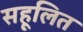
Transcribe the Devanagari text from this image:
सहूलित